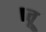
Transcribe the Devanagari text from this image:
।तू